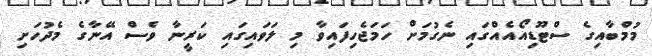
މުމްބާއިގެ ސްޓޫޑިއޯއެއްގައި ނެގުމަށް ހަމަޖެހިފައިވާ މި ލަވައިގައި ކަރީނާ ވެސް އޭނާގެ މެދުހަށި